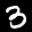
Label: 3